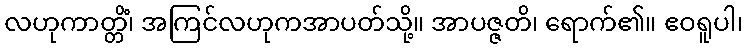
လဟုကာတ္တိံ၊ အကြင်လဟုကအာပတ်သို့။ အာပဇ္ဇတိ၊ ရောက်၏။ ဧဝရူပါ၊